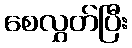
စေလွှတ်ပြီး